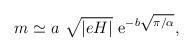
LaTeX: \begin{align*}m \simeq a~\sqrt{|eH|}~{\rm e}^{- b\sqrt{\pi/\alpha}},\end{align*}